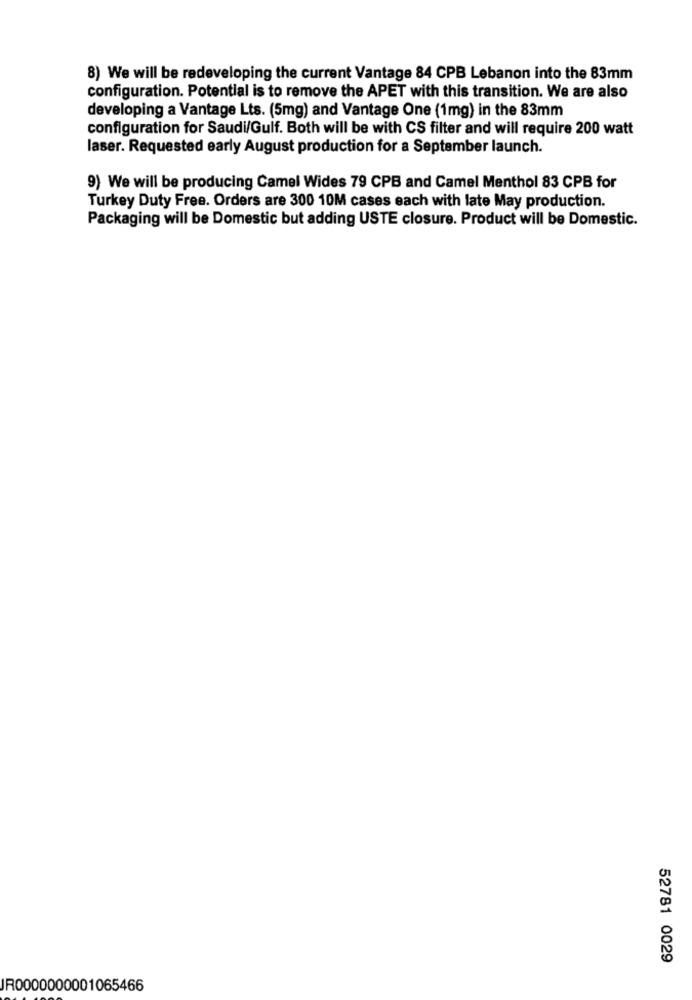
8) We will be redeveloping the current Vantage 84 CPB Lebanon into the 83mm
configuration. Potential is to remove the APET with this transition. We are also
developing a Vantage Lts. (5mg) and Vantage One (1mg) in the 83mm
configuration for Saudi/Gulf. Both will be with CS filter and will require 200 watt
laser. Requested early August production for a September launch.
9) We will be producing Camel Wides 79 CPB and Camel Menthol 83 CPB for
Turkey Duty Free. Orders are 300 10M cases each with late May production.
Packaging will be Domestic but adding USTE closure. Product will be Domestic.
52781 0029
JR0000000001065466